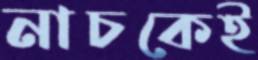
নাচকেই